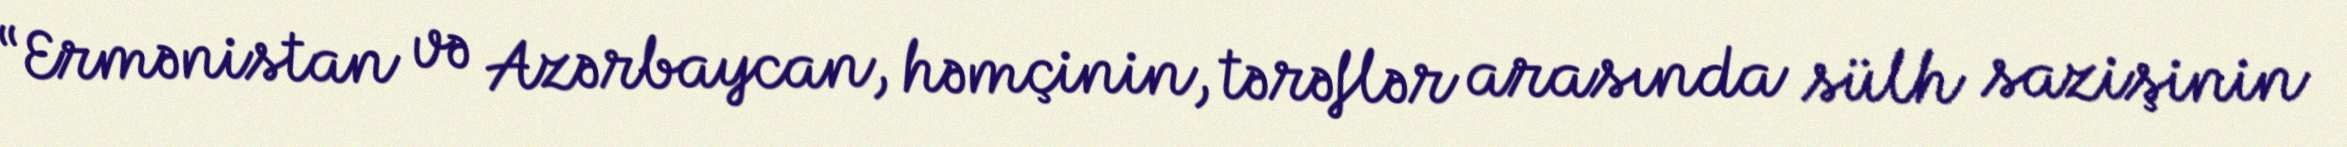
“Ermənistan və Azərbaycan, həmçinin, tərəflər arasında sülh sazişinin